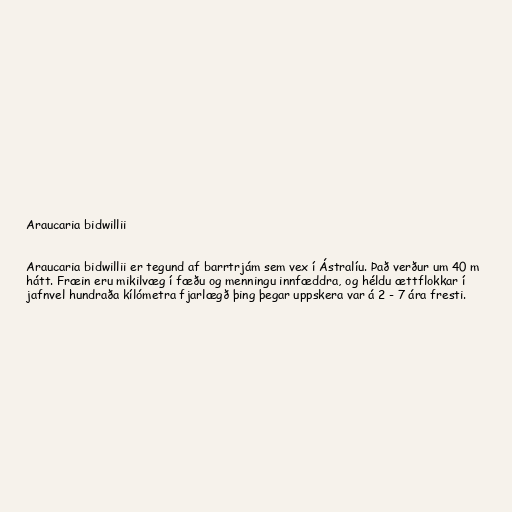
Araucaria bidwillii

Araucaria bidwillii er tegund af barrtrjám sem vex í Ástralíu. Það verður um 40 m
hátt. Fræin eru mikilvæg í fæðu og menningu innfæddra, og héldu ættflokkar í
jafnvel hundraða kílómetra fjarlægð þing þegar uppskera var á 2 - 7 ára fresti.